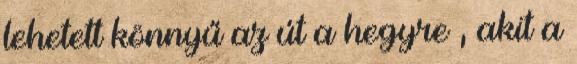
lehetett könnyű az út a hegyre , akit a